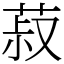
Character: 菽